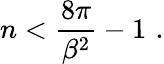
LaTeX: n<{\frac{8\pi}{\beta^{2}}}-1\, \, .